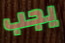
يجب